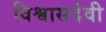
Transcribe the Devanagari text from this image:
विश्वासदेवी